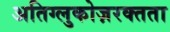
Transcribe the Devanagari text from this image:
अतिग्लुकोज़रक्तता